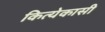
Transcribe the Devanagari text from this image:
कित्येकासी